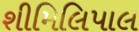
શીમિલિપાલ